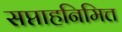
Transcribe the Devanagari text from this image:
सप्ताहनिमित्त